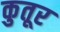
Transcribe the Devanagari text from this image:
कुतूर